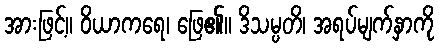
အားဖြင့်။ ဝိယာကရေ၊ ဖြေ၏။ ဒိသမ္ပတိ၊ အရပ်မျက်နှာကို